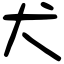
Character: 犬